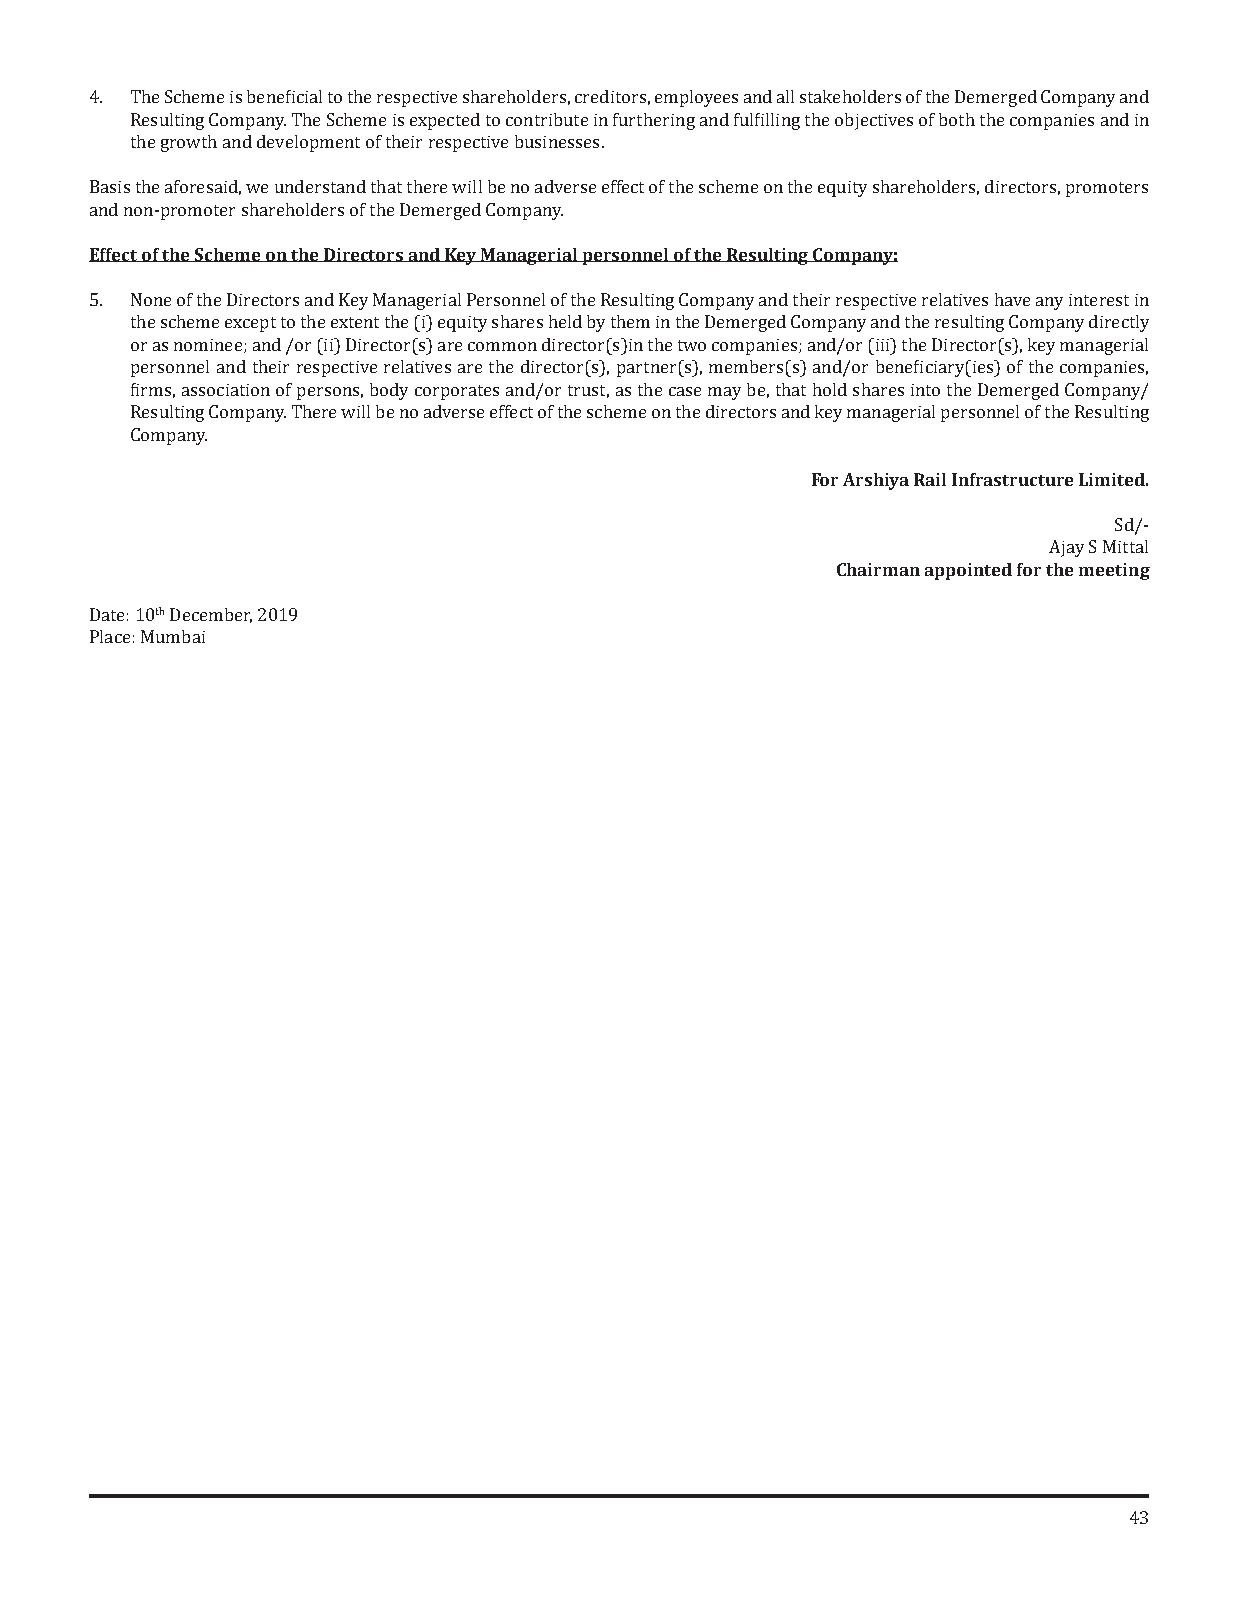
4. The Scheme is beneficial to the respective shareholders, creditors, employees and all stakeholders of the Demerged Company and
 Resulting Company. The Scheme is expected to contribute in furthering and fulfilling the objectives of both the companies and in
 the growth and development of their respective businesses.
 Basis the aforesaid, we understand that there will be no adverse effect of the scheme on the equity shareholders, directors, promoters
 aEnffde cnto onf- pthroem Sochteerm shea orenh tohled eDrisr oefc tthoer sD aenmde Krgeeyd M Coamnapgaenryi.al personnel of the Resulting Company:
 5. None of the Directors and Key Managerial Personnel of the Resulting Company and their respective relatives have any interest in
 the scheme except to the extent the (i) equity shares held by them in the Demerged Company and the resulting Company directly
 or as nominee; and /or (ii) Director(s) are common director(s)in the two companies; and/or (iii) the Director(s), key managerial
 personnel and their respective relatives are the director(s), partner(s), members(s) and/or beneficiary(ies) of the companies,
 firms, association of persons, body corporates and/or trust, as the case may be, that hold shares into the Demerged Company/
 Resulting Company. There will be no adverse effect of the scheme on the directors and key managerial personnel of the Resulting
 Company.                                     For Arshiya Rail Infrastructure Limited.
 Chairman appointed for the meeStidn/g-
 Ajay S Mittal
 th
 Date: 10 December, 2019
 Place: Mumbai
 43